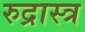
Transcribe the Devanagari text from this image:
रुद्रास्त्र